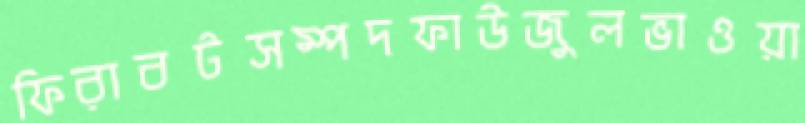
ফিরাবটসম্পদফাউজুলভাওয়া